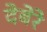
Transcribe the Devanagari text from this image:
देबेरे